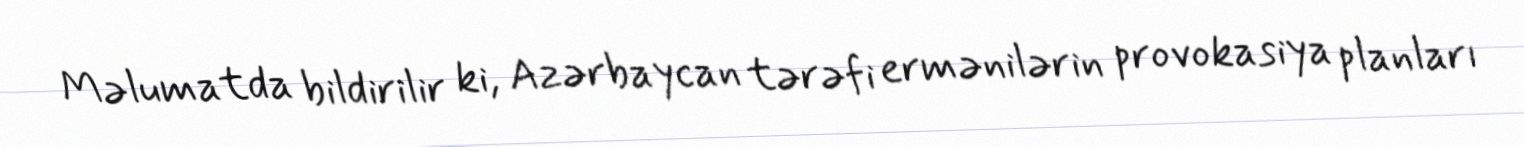
Məlumatda bildirilir ki, Azərbaycan tərəfi ermənilərin provokasiya planları